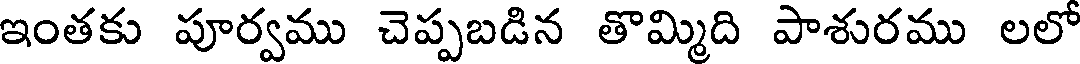
ఇంతకు పూర్వము చెప్పబడిన తొమ్మిది పాశురము లలో